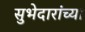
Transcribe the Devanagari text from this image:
सुभेदारांच्या